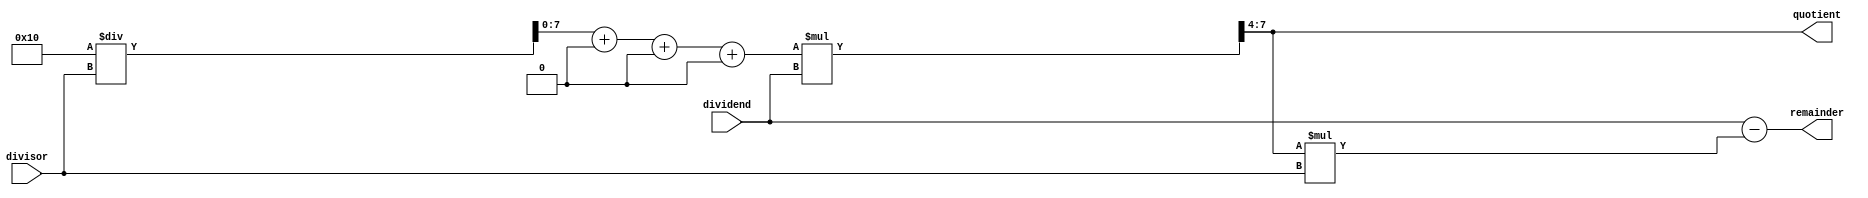

//TEAM INTEL-ECTUALS - MEMBERS : MIDHUN MATHEW , NEENA MATHEW , ALHARITH HAKKIM 
// Implementation of Fast Divison Algorithm in Verilog - Reciprocal Approximation Algorithm 
module fast_division(
  input [3:0] dividend,
  input [3:0] divisor,
  output reg [3:0] quotient,
  output reg [3:0] remainder
);

  reg [7:0] reciprocal;
  reg [3:0] dividend_reg;
  reg [3:0] divisor_reg;
  reg [7:0] product;
  reg [3:0] difference;
  reg [3:0] scaled_difference;
  reg [3:0] quotient_reg;

  always @* begin
    dividend_reg = dividend;
    divisor_reg = divisor;

    // Calculate the initial reciprocal approximation
    reciprocal = 16 / divisor_reg;

    // Perform iterations to refine the reciprocal approximation
    repeat (3) begin
      product = reciprocal * divisor_reg;
      difference = dividend_reg - product;
      scaled_difference = difference >> 4;
      reciprocal = reciprocal + scaled_difference;
    end

    // Multiply the dividend by the refined reciprocal approximation
    product = reciprocal * dividend_reg;

    // Obtain the quotient
    quotient_reg = product >> 4;

    // Assign the final quotient to the output
    quotient = quotient_reg;

    // Calculate the remainder
    remainder = dividend - (quotient_reg * divisor_reg);
  end
endmodule